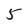
Character: 5